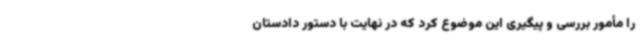
را مأمور بررسی و پیگیری این موضوع کرد که در نهایت با دستور دادستان